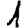
Digit: 1